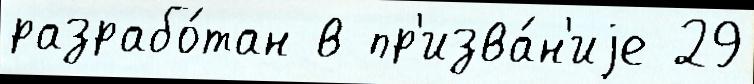
разрабо́тан в пр'изва́н'иjе 29